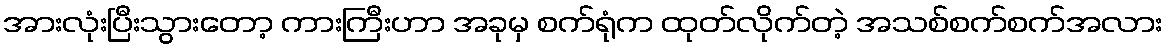
အားလုံးပြီးသွားတော့ ကားကြီးဟာ အခုမှ စက်ရုံက ထုတ်လိုက်တဲ့ အသစ်စက်စက်အလား